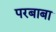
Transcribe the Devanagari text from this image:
परबाबा